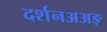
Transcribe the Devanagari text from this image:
दर्शनअअङ्